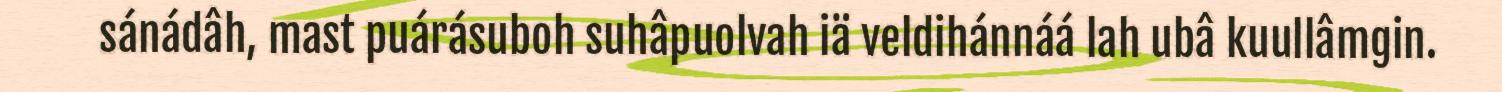
sánádâh, mast puárásuboh suhâpuolvah iä veldihánnáá lah ubâ kuullâmgin.